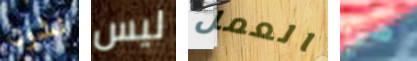
تشون ليس العمل هي